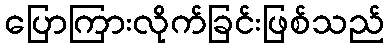
ပြောကြားလိုက်ခြင်းဖြစ်သည်